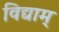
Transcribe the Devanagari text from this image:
विद्याम्